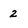
Character: 2